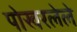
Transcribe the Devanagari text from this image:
पोखरलेले